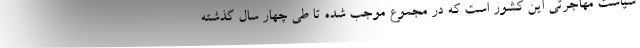
سیاست مهاجرتی این کشور است که در مجموع موجب شده تا طی چهار سال گذشته